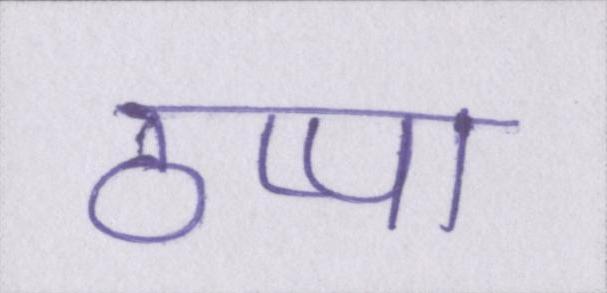
ठप्पा